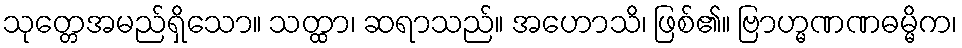
သုတ္တေအမည်ရှိသော။ သတ္ထာ၊ ဆရာသည်။ အဟောသိ၊ ဖြစ်၏။ ဗြာဟ္မဏဏဓမ္မိက၊